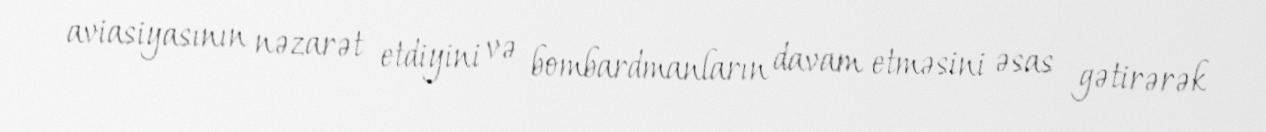
aviasiyasının nəzarət etdiyini və bombardmanların davam etməsini əsas gətirərək